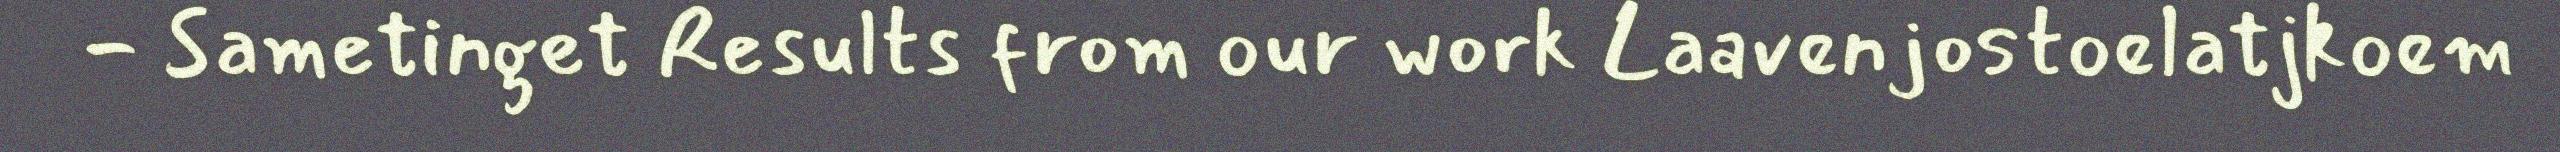
- Sametinget Results from our work Laavenjostoelatjkoem